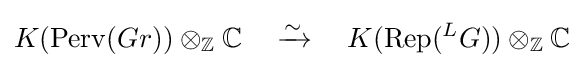
K(\mathrm {Perv} (Gr))\otimes _{\mathbb {Z} }\mathbb {C} \quad \xrightarrow {\sim } \quad K(\mathrm {Rep} ({}^{L}G))\otimes _{\mathbb {Z} }\mathbb {C}